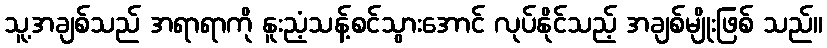
သူ့အချစ်သည် အရာရာကို နူးညံ့သန့်စင်သွားအောင် လုပ်နိုင်သည့် အချစ်မျိုးဖြစ် သည်။